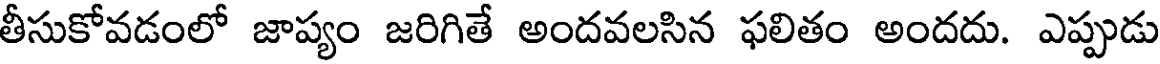
తీసుకోవడంలో జాప్యం జరిగితే అందవలసిన ఫలితం అందదు. ఎప్పుడు